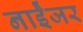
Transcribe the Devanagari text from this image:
नाईेजर